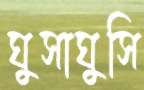
ঘুসাঘুসি